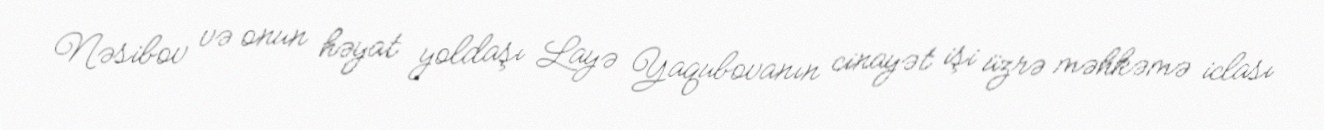
Nəsibov və onun həyat yoldaşı Layə Yaqubovanın cinayət işi üzrə məhkəmə iclası